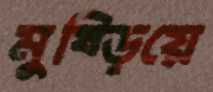
মুষ্‌ড়িয়ে